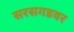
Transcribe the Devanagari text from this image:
सरसगडवर